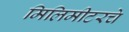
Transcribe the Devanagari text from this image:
मिलिमीटरचे